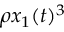
\rho x _ { 1 } ( t ) ^ { 3 }